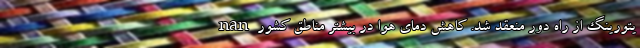
یتورینگ از راه دور منعقد شد. کاهش دمای هوا در بیشتر مناطق کشور nan